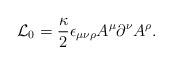
LaTeX: \begin{align*}{\cal L}_0=\frac{\kappa}{2}\epsilon_{\mu\nu\rho}A^\mu\partial^\nu A^\rho.\end{align*}